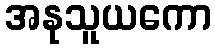
အနုသူယကော